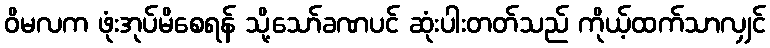
ဝိမလက ဖုံးအုပ်မိစေရန် သို့သော်ခဏပင် ဆုံးပါးတတ်သည် ကိုယ့်ထက်သာလျှင်